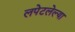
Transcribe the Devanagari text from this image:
लपेटलेल्या